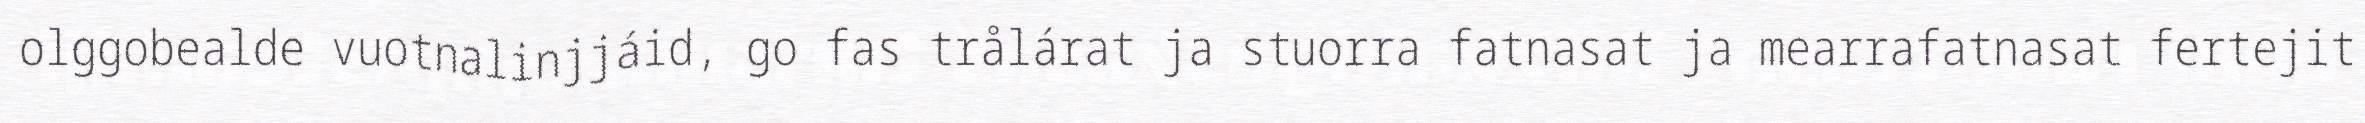
olggobealde vuotnalinjjáid, go fas trålárat ja stuorra fatnasat ja mearrafatnasat fertejit